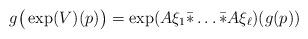
LaTeX: \begin{align*} g\big(\exp(V)(p)\big) = \exp(A\xi_1\bar*\dots\bar*A\xi_\ell)(g(p)) \end{align*}